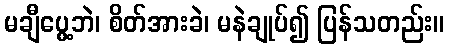
မချီပွေ့ဘဲ၊ စိတ်အားခဲ၊ မနဲချုပ်၍ ပြန်သတည်း။